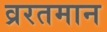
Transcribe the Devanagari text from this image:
व्ररतमान